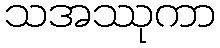
သအဿုကာ